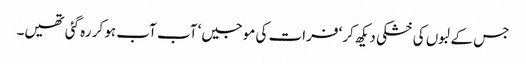
جس کے لبوں کی خشکی دیکھ کر‘ فرات کی موجیں‘ آب آب ہو کر رہ گئی تھیں۔